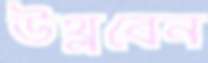
উথ্‌লবেন